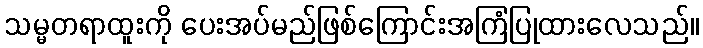
သမ္မတရာထူးကို ပေးအပ်မည်ဖြစ်ကြောင်းအကြံပြုထားလေသည်။